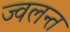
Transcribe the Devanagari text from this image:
ज्‍वलन्‍त